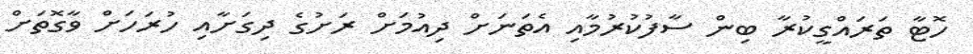
ހޮޓާ ތަރައްގީކުރާ ބިން ސާފުކުރުމާއި އެތަނަށް ދިއުމަށް ރަށުގެ ދިގަށާއި ހުރަހަށް ވާގޮތަށް